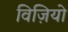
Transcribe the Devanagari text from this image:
विज़ियो